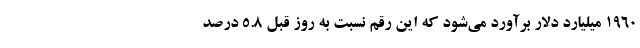
۱۹۶۰ میلیارد دلار برآورد می‌شود که این رقم نسبت به روز قبل ۵.۸ درصد